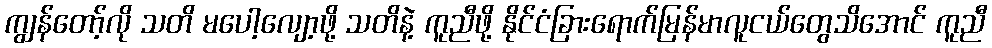
ကျွန်တော့်လို သတိ မပေါ့လျော့ဖို့ သတိနဲ့ ကူညီဖို့ နိုင်ငံခြားရောက်မြန်မာလူငယ်တွေသိအောင် ကူညီ